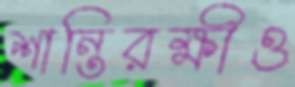
শান্তিরক্ষীও